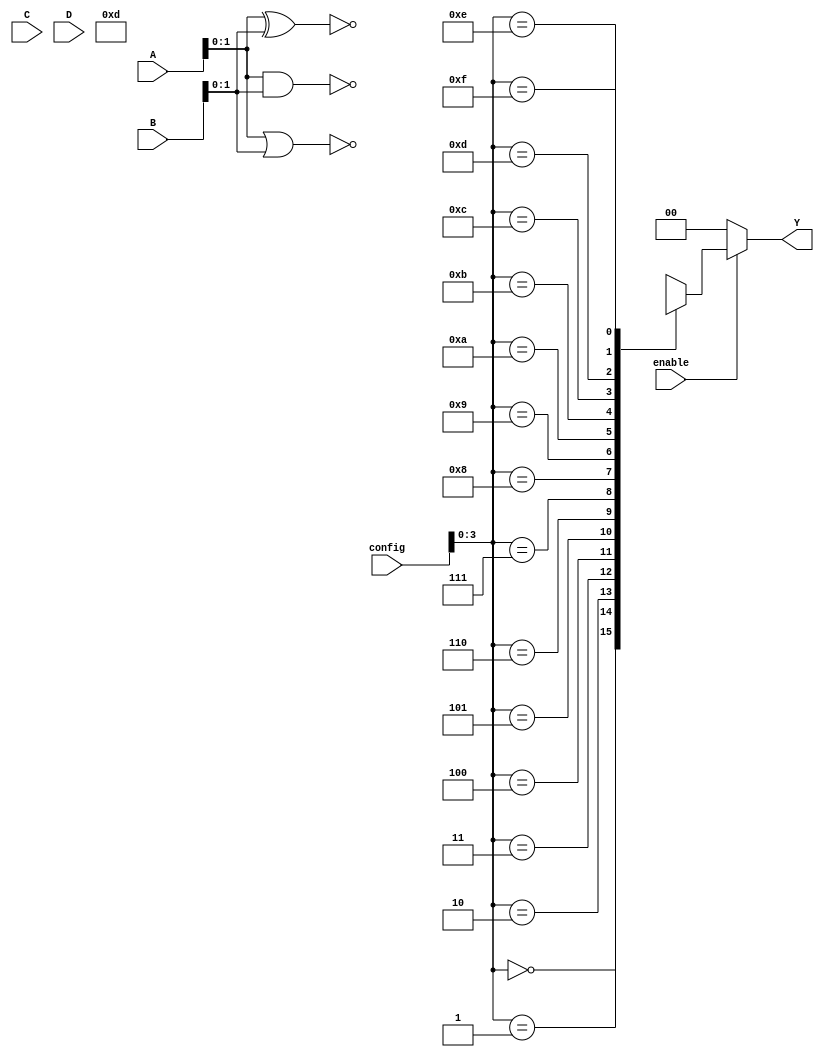
module CLB (
    input wire [3:0] A,        // 4 inputs A[3:0]
    input wire [3:0] B,        // 4 inputs B[3:0]
    input wire [3:0] C,        // 4 inputs C[3:0]
    input wire [3:0] D,        // 4 inputs D[3:0]
    input wire [7:0] config,   // Configuration bits for the logic functions
    input wire enable,          // Enable signal
    output wire [1:0] Y        // 2 output signals Y[1:0]
);

// Internal wires for MUX selection
wire [3:0] mux_out;

// SRAM implementation
wire [3:0] SRAM [0:15]; // Example SRAM array of 16 x 4 bits

// Example configuration for common logic functions
assign SRAM[0] = 4'b0000; // Logic function: 0 (always 0)
assign SRAM[1] = 4'b1111; // Logic function: 1 (always 1)
assign SRAM[2] = 4'b0001; // Logic function: NOT A
assign SRAM[3] = A & B;   // Logic function: AND
assign SRAM[4] = A | B;   // Logic function: OR
assign SRAM[5] = ~(A & B); // Logic function: NAND
assign SRAM[6] = ~(A | B); // Logic function: NOR
assign SRAM[7] = A ^ B;   // Logic function: XOR
assign SRAM[8] = ~(A ^ B); // Logic function: XNOR
// Additional user-defined functions can be programmed as needed

// Muxes to select outputs based on configuration bits
assign mux_out = (enable) ? SRAM[config] : 4'b0000; // If enabled, get logic function from SRAM, otherwise output 0

// Provide two outputs from the selected MUX output
assign Y[0] = mux_out[0]; // Output Y1
assign Y[1] = mux_out[1]; // Output Y2

endmodule